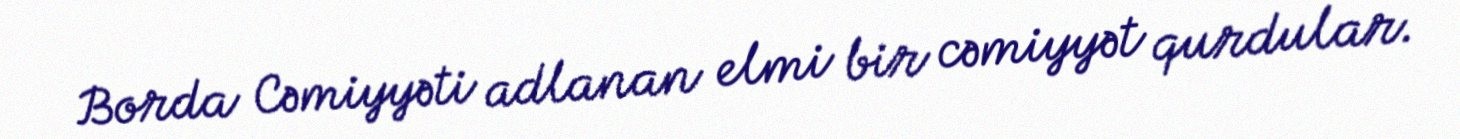
Borda Cəmiyyəti adlanan elmi bir cəmiyyət qurdular.